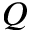
Q